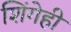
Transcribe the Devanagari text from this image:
शिंगेही